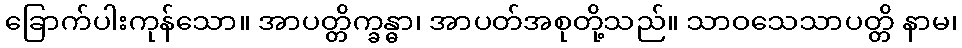
ခြောက်ပါးကုန်သော။ အာပတ္တိက္ခန္ဓာ၊ အာပတ်အစုတို့သည်။ သာဝသေသာပတ္တိ နာမ၊